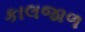
કાલજાળ